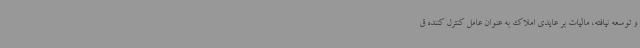
و توسعه نیافته، مالیات بر عایدی املاک به عنوان عامل کنترل کننده ق